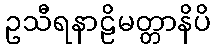
ဥသီရနာဠိမတ္တာနိပိ